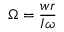
{ \boldsymbol { \Omega } } = { \frac { w r } { I { \boldsymbol { \omega } } } }